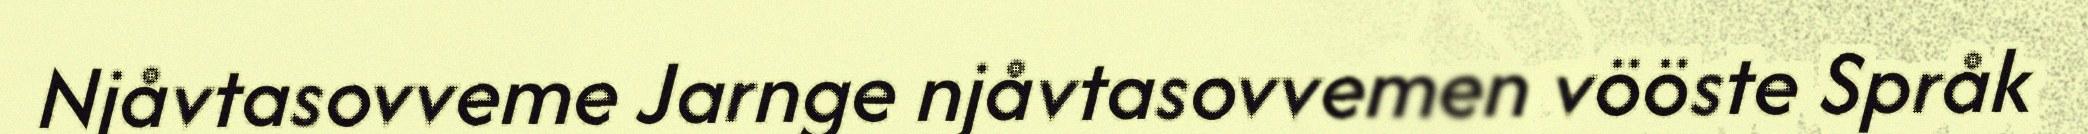
Njåvtasovveme Jarnge njåvtasovvemen vööste Språk